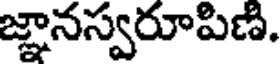
జ్ఞానస్వరూపిణి.